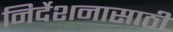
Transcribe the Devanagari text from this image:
निर्देशनासाठी